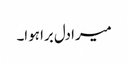
میرا دل برا ہوا۔